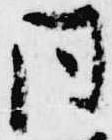
同